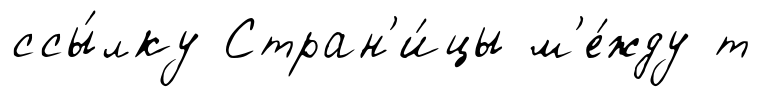
ссы́лку Стран'и́цы м'е́жду т